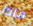
ماذا